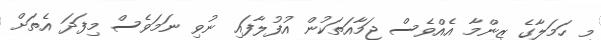
މި ހަމަލާގެ ޒިންމާ އެއްވެސް ޖަމާއަތަކުން އުފުލާފައި ނުވި ނަމަވެސް މިފަދަ އެތަށް